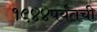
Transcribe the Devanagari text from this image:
१९४४पर्यंतची